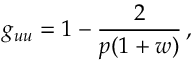
g _ { u u } = 1 - \frac { 2 } { p ( 1 + w ) } \, ,